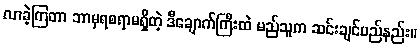
လာခဲ့ကြတာ ဘာမှရစရာမရှိတဲ့ ဒီချောက်ကြီးထဲ မည်သူက ဆင်းချင်မည်နည်း။